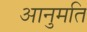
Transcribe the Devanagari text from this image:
आनुमति